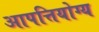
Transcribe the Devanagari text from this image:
आपत्तियोग्य